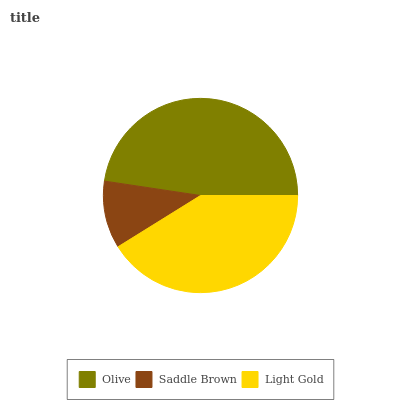
| Olive | Saddle Brown | Light Gold |
 | --- | --- | --- |
 | 47.6% | 11.2% | 41.2% |